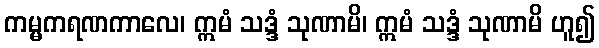
ကမ္မကရဏကာလေ၊ ဣမံ သဒ္ဒံ သုဏာမိ၊ ဣမံ သဒ္ဒံ သုဏာမိ ဟူ၍